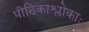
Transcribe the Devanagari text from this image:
पीठिकाश्लोकाः